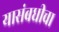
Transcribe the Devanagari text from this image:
यासंबधीचा